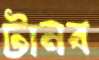
টানব